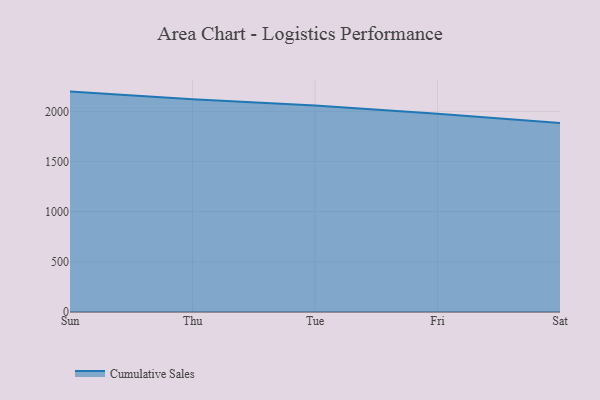
{"axis": {"x": "Day", "y": "Satisfaction Score"}, "legend": ["Cumulative Sales"], "data": [{"x": "Sun", "y": 2196.9, "type": "Cumulative Sales"}, {"x": "Thu", "y": 2121.4, "type": "Cumulative Sales"}, {"x": "Tue", "y": 2057.9, "type": "Cumulative Sales"}, {"x": "Fri", "y": 1976.6, "type": "Cumulative Sales"}, {"x": "Sat", "y": 1883.5, "type": "Cumulative Sales"}]}